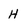
Character: H